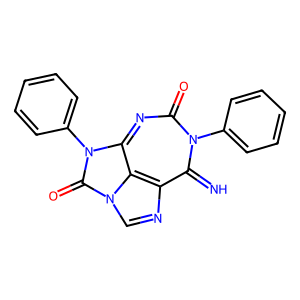
SMILES: N=c1c2ncn3c(=O)n(-c4ccccc4)c(nc(=O)n1-c1ccccc1)c23
Inhibits HIV replication: No